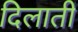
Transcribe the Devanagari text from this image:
दिलातीं